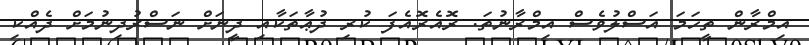
އިމްރާން ތީހަމަ އަސްލުވެސް އިމްރާނުތަ. ރޮއެރޮއެފަ ކުރި ދުޢާތަކާއި ދީނަށް ނަސްރުދިނުމަށް ދެއްކި